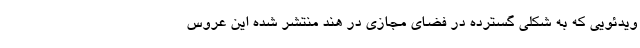
ویدئویی که به شکلی گسترده در فضای مجازی در هند منتشر شده این عروس